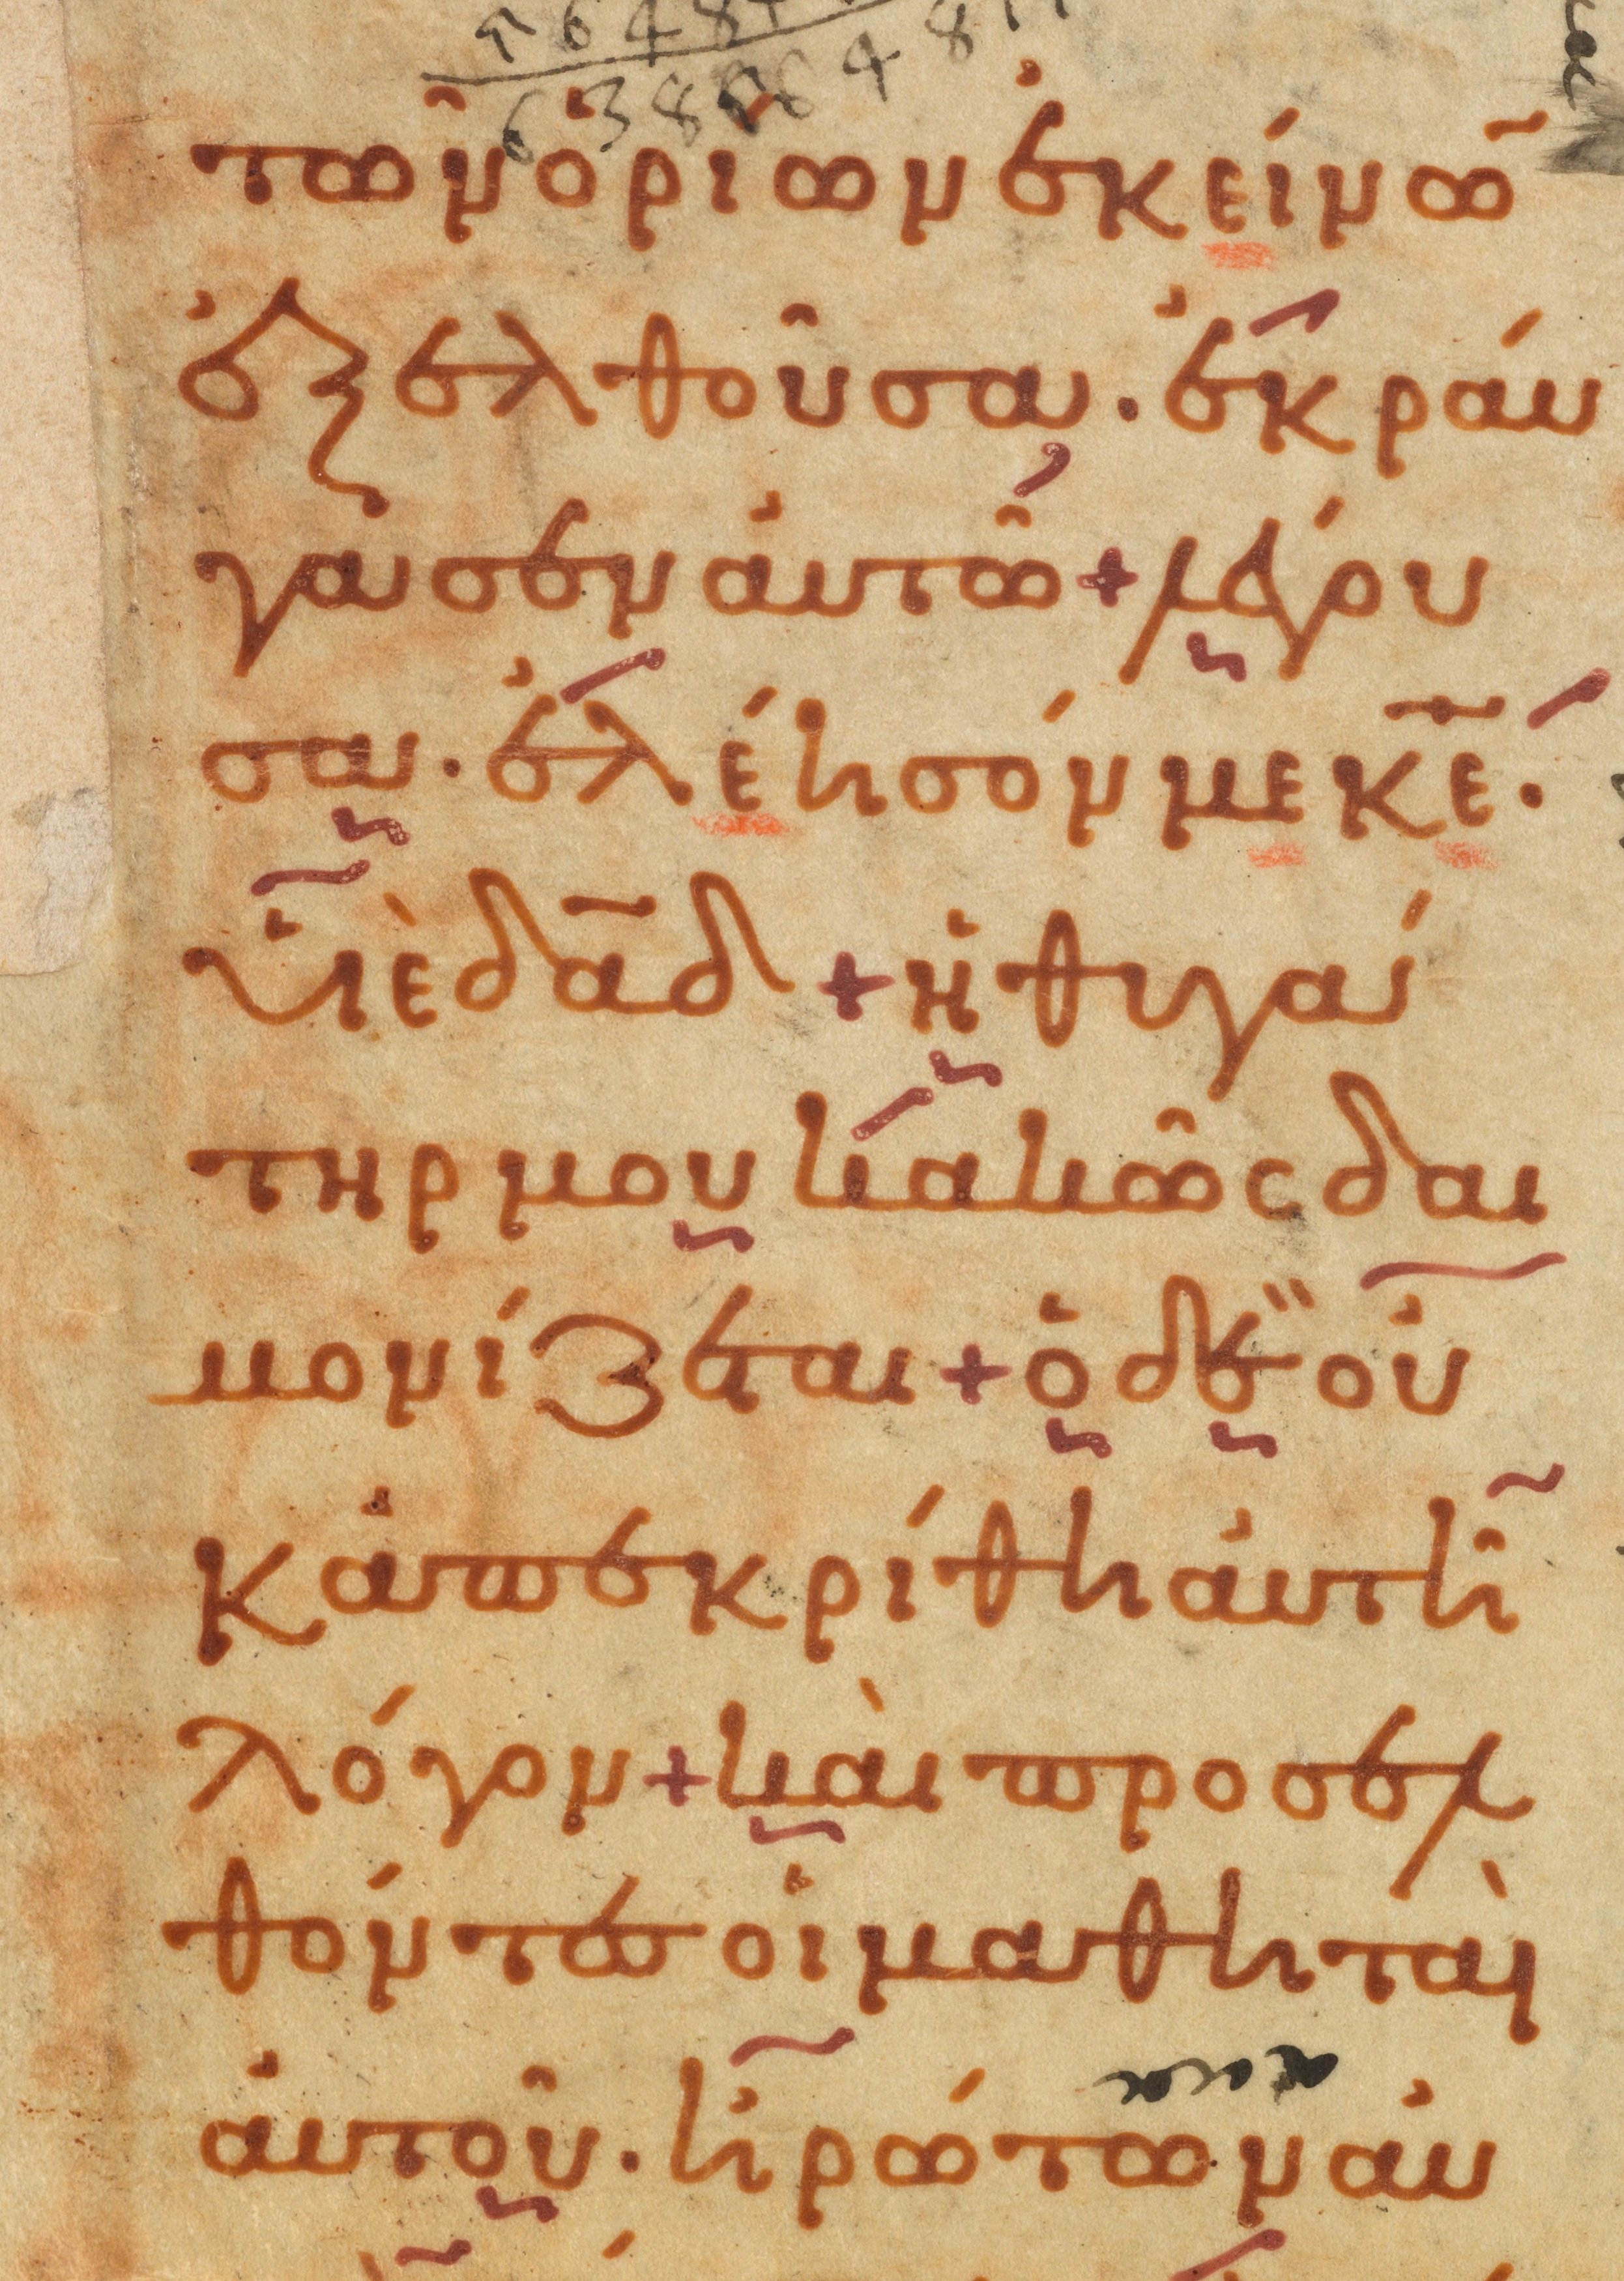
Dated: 1000–1099